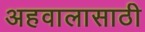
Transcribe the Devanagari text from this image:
अहवालासाठी